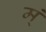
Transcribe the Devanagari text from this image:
म्ं